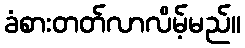
ခံစားတတ်လာလိမ့်မည်။